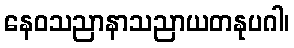
နေဝသညာနာသညာယတနုပဂါ၊